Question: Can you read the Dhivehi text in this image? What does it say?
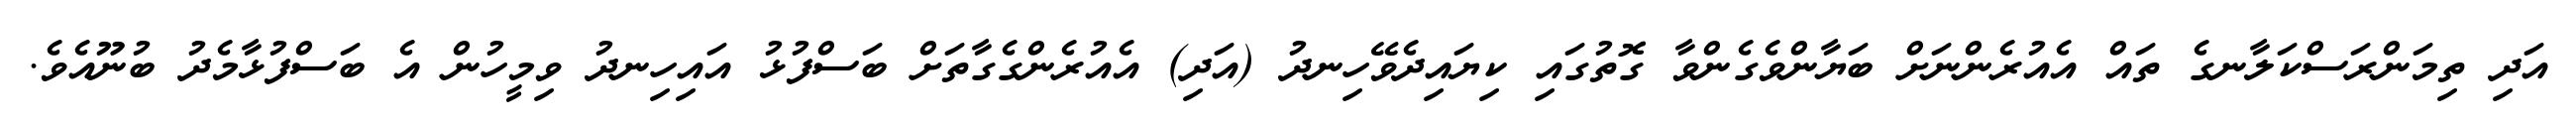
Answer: އަދި ތިމަންރަސްކަލާނގެ ތައް އެއުރެންނަށް ބަޔާންވެގެންވާ ގޮތުގައި ކިޔައިދެވޭހިނދު (އަދި) އެއުރެންގެގާތަށް ބަސްފުޅު އައިހިނދު ވިމީހުން އެ ބަސްފުޅާމެދު ބުނޫއެވެ.